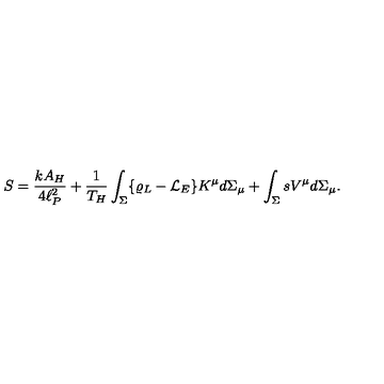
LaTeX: S = { \frac { k A _ { H } } { 4 \ell _ { P } ^ { 2 } } } + { \frac { 1 } { T _ { H } } } \int _ { \Sigma } \{ \varrho _ { L } - { \cal L } _ { E } \} K ^ { \mu } d \Sigma _ { \mu } + \int _ { \Sigma } s V ^ { \mu } d \Sigma _ { \mu } .